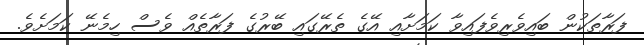
ފަރާތަކުން ބައިވެރިވެފައިވާ ކަމަށާއި އޭގެ ތެރޭގައި ބޭރުގެ ފަރާތެއް ވެސް ހިމެނޭ ކަމަށެވެ.